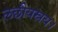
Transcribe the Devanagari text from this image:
लछीयस्रय।